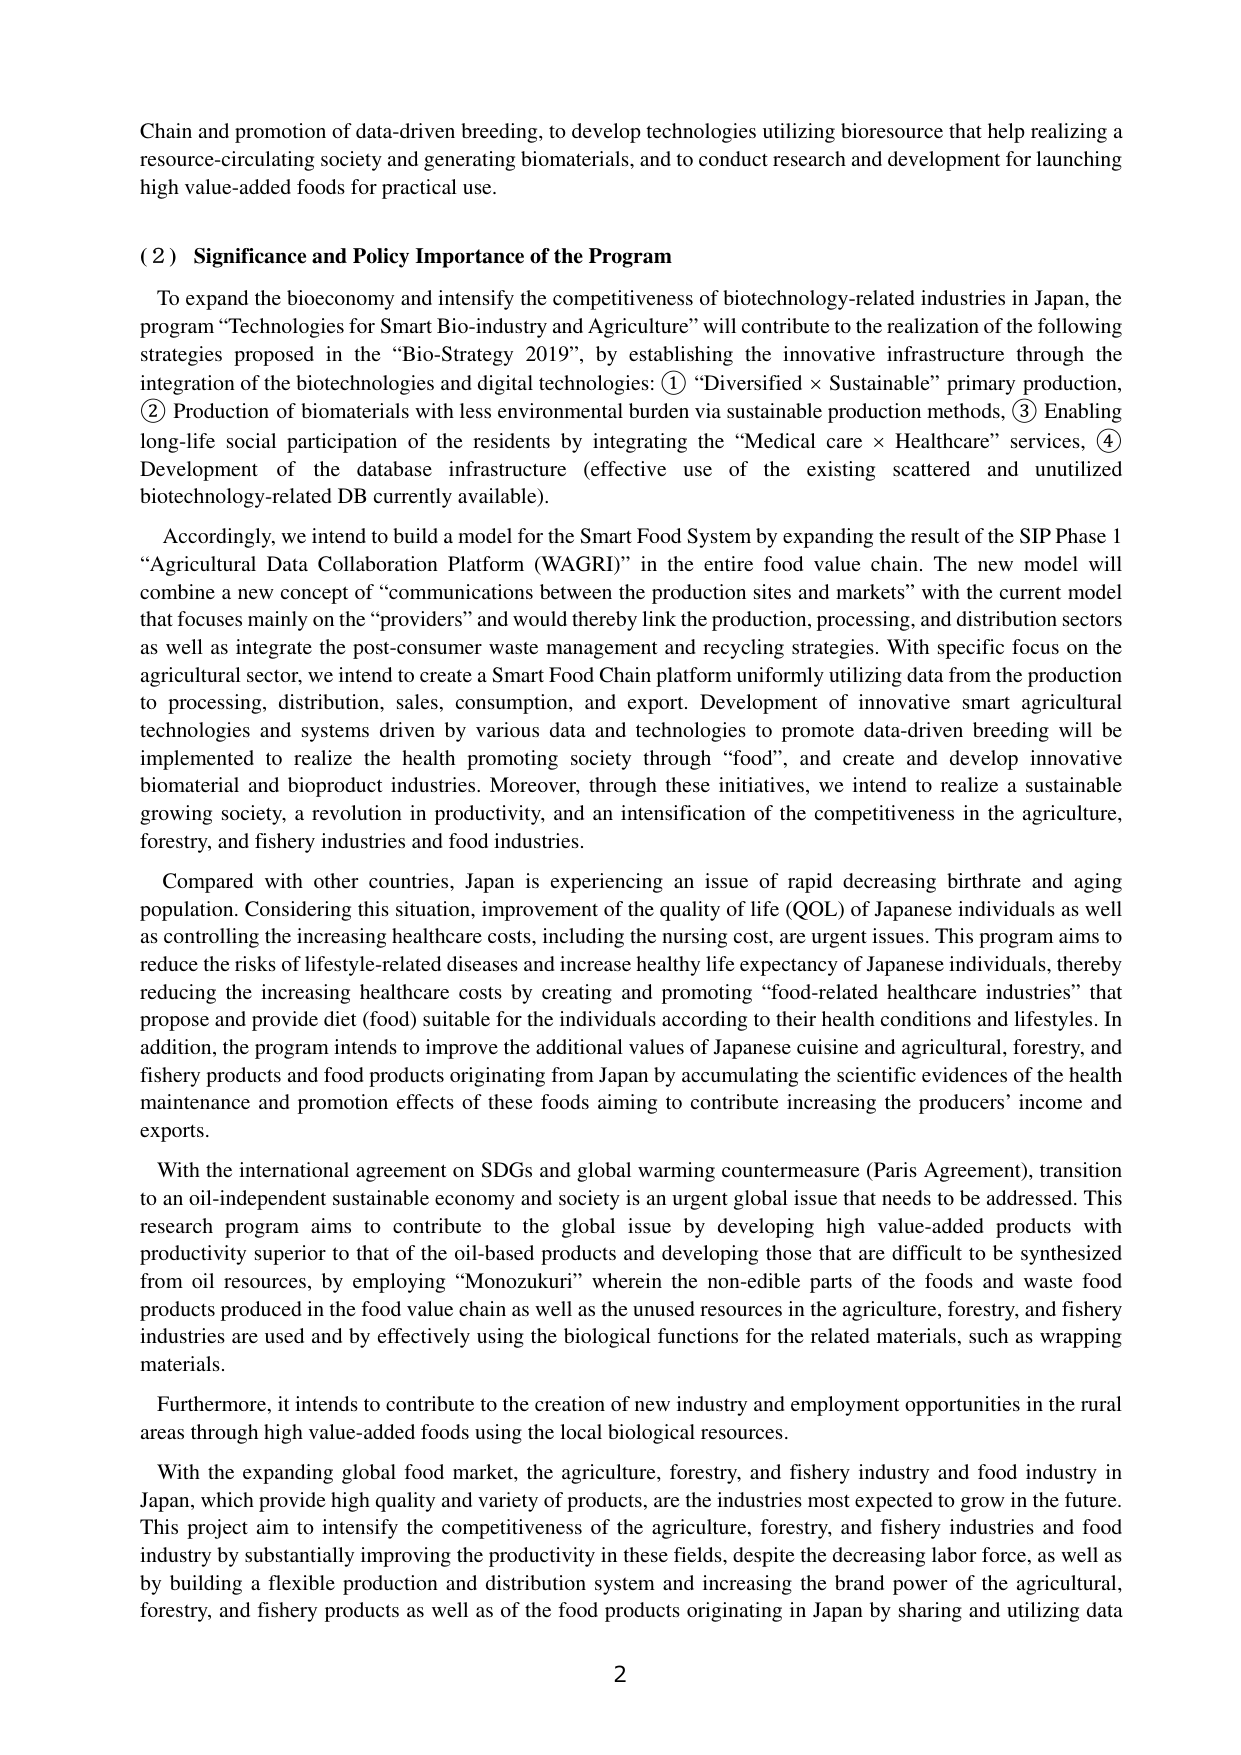
Chain and promotion of data-driven breeding, to develop technologies utilizing bioresource that help realizing a resource-circulating society and generating biomaterials, and to conduct research and development for launching high value-added foods for practical use.

(2) Significance and Policy Importance of the Program

To expand the bioeconomy and intensify the competitiveness of biotechnology-related industries in Japan, the program “Technologies for Smart Bio-industry and Agriculture” will contribute to the realization of the following strategies proposed in the “Bio-Strategy 2019”, by establishing the innovative infrastructure through the integration of the biotechnologies and digital technologies: ① “Diversified × Sustainable” primary production, ② Production of biomaterials with less environmental burden via sustainable production methods, ③ Enabling long-life social participation of the residents by integrating the “Medical care × Healthcare” services, ④ Development of the database infrastructure (effective use of the existing scattered and unutilized biotechnology-related DB currently available).

Accordingly, we intend to build a model for the Smart Food System by expanding the result of the SIP Phase 1 “Agricultural Data Collaboration Platform (WAGRI)” in the entire food value chain. The new model will combine a new concept of “communications between the production sites and markets” with the current model that focuses mainly on the “providers” and would thereby link the production, processing, and distribution sectors as well as integrate the post-consumer waste management and recycling strategies. With specific focus on the agricultural sector, we intend to create a Smart Food Chain platform uniformly utilizing data from the production to processing, distribution, sales, consumption, and export. Development of innovative smart agricultural technologies and systems driven by various data and technologies to promote data-driven breeding will be implemented to realize the health promoting society through “food”, and create and develop innovative biomaterial and bioproduct industries. Moreover, through these initiatives, we intend to realize a sustainable growing society, a revolution in productivity, and an intensification of the competitiveness in the agriculture, forestry, and fishery industries and food industries.

Compared with other countries, Japan is experiencing an issue of rapid decreasing birthrate and aging population. Considering this situation, improvement of the quality of life (QOL) of Japanese individuals as well as controlling the increasing healthcare costs, including the nursing cost, are urgent issues. This program aims to reduce the risks of lifestyle-related diseases and increase healthy life expectancy of Japanese individuals, thereby reducing the increasing healthcare costs by creating and promoting “food-related healthcare industries” that propose and provide diet (food) suitable for the individuals according to their health conditions and lifestyles. In addition, the program intends to improve the additional values of Japanese cuisine and agricultural, forestry, and fishery products and food products originating from Japan by accumulating the scientific evidences of the health maintenance and promotion effects of these foods aiming to contribute increasing the producers’ income and exports.

With the international agreement on SDGs and global warming countermeasure (Paris Agreement), transition to an oil-independent sustainable economy and society is an urgent global issue that needs to be addressed. This research program aims to contribute to the global issue by developing high value-added products with productivity superior to that of the oil-based products and developing those that are difficult to be synthesized from oil resources, by employing “Monozukuri” wherein the non-edible parts of the foods and waste food products produced in the food value chain as well as the unused resources in the agriculture, forestry, and fishery industries are used and by effectively using the biological functions for the related materials, such as wrapping materials.

Furthermore, it intends to contribute to the creation of new industry and employment opportunities in the rural areas through high value-added foods using the local biological resources.

With the expanding global food market, the agriculture, forestry, and fishery industry and food industry in Japan, which provide high quality and variety of products, are the industries most expected to grow in the future. This project aim to intensify the competitiveness of the agriculture, forestry, and fishery industries and food industry by substantially improving the productivity in these fields, despite the decreasing labor force, as well as by building a flexible production and distribution system and increasing the brand power of the agricultural, forestry, and fishery products as well as of the food products originating in Japan by sharing and utilizing data

2